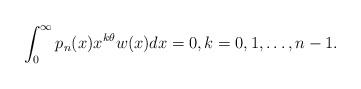
LaTeX: \begin{align*} \int_0^{\infty} p_n(x) x^{k \theta} w(x) dx = 0, k = 0,1, \ldots, n-1. \end{align*}